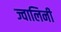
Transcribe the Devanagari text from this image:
ज्वालिनी